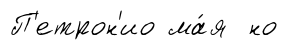
П'етрон'ио ма́я но